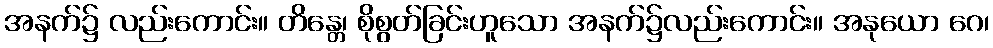
အနက်၌ လည်းကောင်း။ တိန္တေ၊ စိုစွတ်ခြင်းဟူသော အနက်၌လည်းကောင်း။ အနုယော ဂေ၊